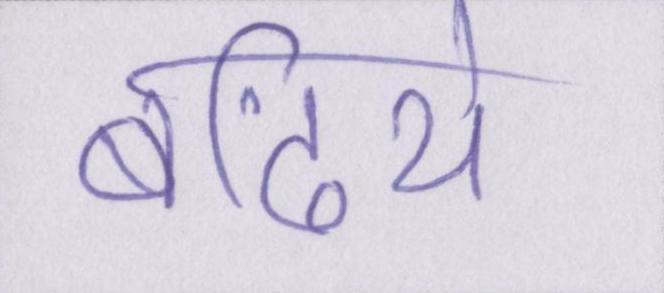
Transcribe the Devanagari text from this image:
बढिये